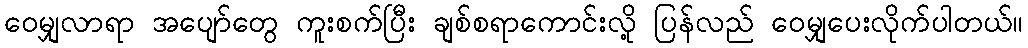
ဝေမျှလာရာ အပျော်တွေ ကူးစက်ပြီး ချစ်စရာကောင်းလို့ ပြန်လည် ဝေမျှပေးလိုက်ပါတယ်။